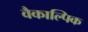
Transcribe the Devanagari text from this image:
वैकाल्पिक